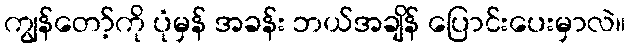
ကျွန်တော့်ကို ပုံမှန် အခန်း ဘယ်အချိန် ပြောင်းပေးမှာလဲ။